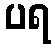
ပရ